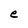
Character: e